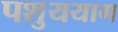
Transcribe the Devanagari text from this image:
पशुययाग